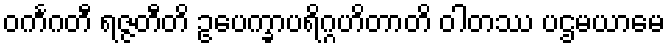
ဝင်္ကဂတီ ရဇ္ဇတီတိ ဥပေက္ခာပရိဂ္ဂဟိတာတိ ဝါတဿ ပဌမယာမေ